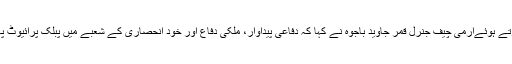
سیمینار سے خطاب کرتے ہوئےآرمی چیف جنرل قمر جاوید باجوہ نے کہا کہ دفاعی پیداوار، ملکی دفاع اور خود انحصاری کے شعبے میں پبلک پرائیوٹ پارٹنرشپ ضروری ہے۔